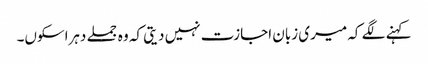
کہنے لگے کہ میری زبان اجازت نہیں دیتی کہ وہ جملے دہراسکوں۔